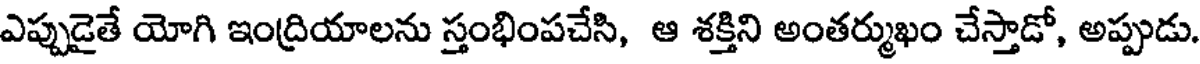
ఎప్పుడైతే యోగి ఇంద్రియాలను స్తంభింపచేసి, ఆ శక్తిని అంతర్ముఖం చేస్తాడో, అప్పుడు.